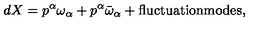
d X = p ^ { \alpha } \omega _ { \alpha } + p ^ { \alpha } \bar { \omega } _ { \alpha } + \mathrm { f l u c t u a t i o n m o d e s } ,